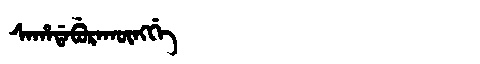
Manchu: ᠰᠠᡥᠠᡩᠠᠪᡠᡵᠠᡴᡡᠩᡤᡝ
Romanization: SAHADABURAKŪNGGE